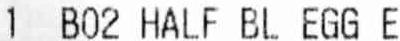
1 B02 HALF BL EGG E